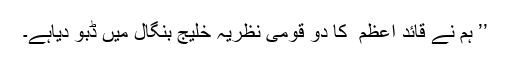
’’ ہم نے قائد اعظم ؒ کا دو قومی نظریہ خلیج بنگال میں ڈبو دیاہے۔